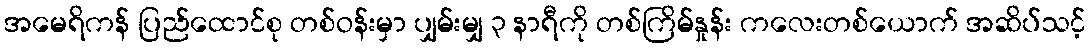
အမေရိကန် ပြည်ထောင်စု တစ်ဝန်းမှာ ပျှမ်းမျှ ၃ နာရီကို တစ်ကြိမ်နှုန်း ကလေးတစ်ယောက် အဆိပ်သင့်